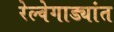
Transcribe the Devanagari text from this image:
रेल्वेगाड्यांत